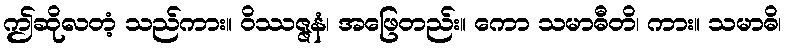
ဤဆိုလတံ့ သည်ကား။ ဝိဿဇ္ဇနံ၊ အဖြေတည်း။ ကော သမာဓီတိ၊ ကား။ သမာဓိ၊